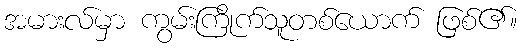
အမားလ်မှာ ကွမ်းကြိုက်သူတစ်ယောက် ဖြစ်၏။